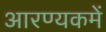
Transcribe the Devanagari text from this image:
आरण्यकमें